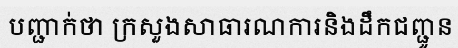
បញ្ជាក់ថា ក្រសួងសាធារណការនិងដឹកជញ្ជូន